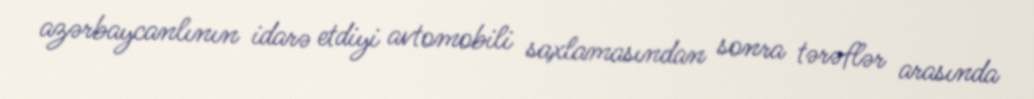
azərbaycanlının idarə etdiyi avtomobili saxlamasından sonra tərəflər arasında